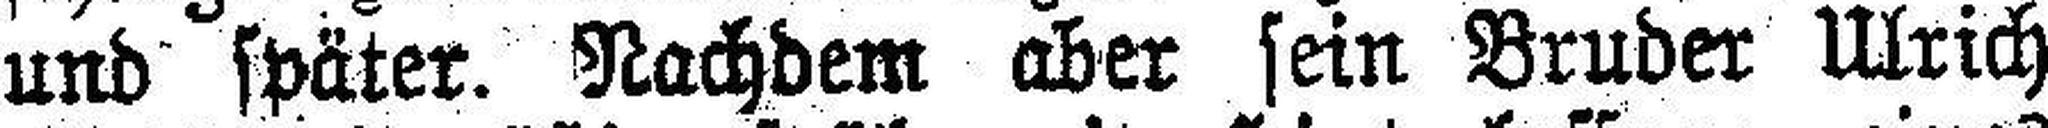
und später. Nachdem aber sein Bruder Ulrich